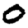
Digit: 0